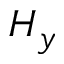
H _ { y }